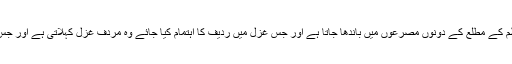
ردیف دراصل وہ لفظ یا جملہ ہوتا ہے جو کسی بھی غزل یا نظم کے مطلع کے دونوں مصرعوں میں باندھا جاتا ہے اور جس غزل میں ردیف کا اہتمام کیا جائے وہ مردف غزل کہلاتی ہے اور جس میں ردیف کا اہتمام نہ کیا جائے وہ غیر مردف کہلاتی ہے ۔